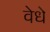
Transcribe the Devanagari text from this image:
वेधे